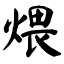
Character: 煨